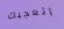
أتعجبك